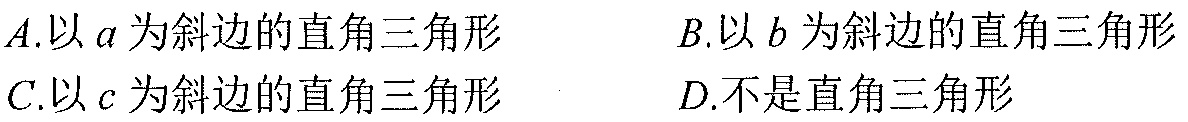
$A$.以$a$为斜边的直角三角形\qquad $B$.以$b$为斜边的直角三角形
$C$.以$c$为斜边的直角三角形\qquad $D$.不是直角三角形